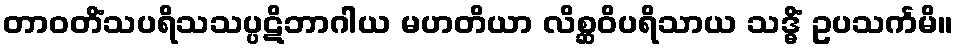
တာဝတိံသပရိသသပ္ပဋိဘာဂါယ မဟတိယာ လိစ္ဆဝိပရိသာယ သဒ္ဓိံ ဥပသင်္ကမိ။